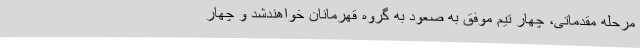
مرحله مقدماتی، چهار تیم موفق به صعود به گروه قهرمانان خواهندشد و چهار